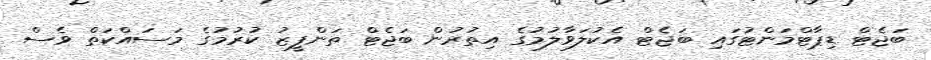
ބަޖެޓް ޑިޕާޓްމަންޓުގައި ބަޖެޓް އެކުލަވާލުމުގެ އިތުރުން ބަޖެޓް ތަންފީޒު ކުރުމުގެ މަސައްކަތް ވެސް